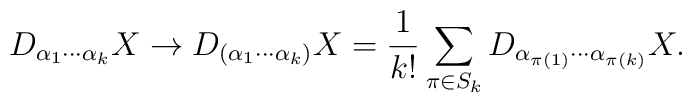
D_{\alpha_1\cdots\alpha_k}X\to  D_{(\alpha_1\cdots\alpha_k)}X=  \frac{1}{k!}\sum_{\pi\in S_k}  D_{\alpha_{\pi(1)}\cdots\alpha_{\pi(k)}}X.